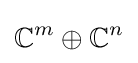
\mathbb {C} ^{m}\oplus \mathbb {C} ^{n}